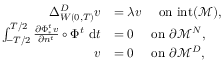
\begin{array} { r l } { \Delta _ { W ( 0 , T ) } ^ { D } v } & { = \lambda v \quad \mathrm { ~ o n ~ i n t } ( \mathcal { M } ) , } \\ { \int _ { - T / 2 } ^ { T / 2 } \frac { \partial \Phi _ { * } ^ { t } v } { \partial n ^ { t } } \circ \Phi ^ { t } \mathrm { ~ d } t } & { = 0 \quad \mathrm { ~ o n ~ } \partial \mathcal { M } ^ { N } , } \\ { v } & { = 0 \quad \mathrm { ~ o n ~ } \partial \mathcal { M } ^ { D } , } \end{array}